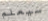
سيعلم